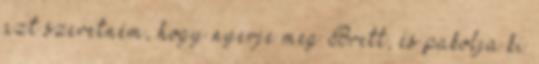
azt szeretném, hogy nyerje meg Brett, és pakolja ki